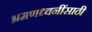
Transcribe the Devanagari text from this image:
भ्रमणध्वनींसाठी